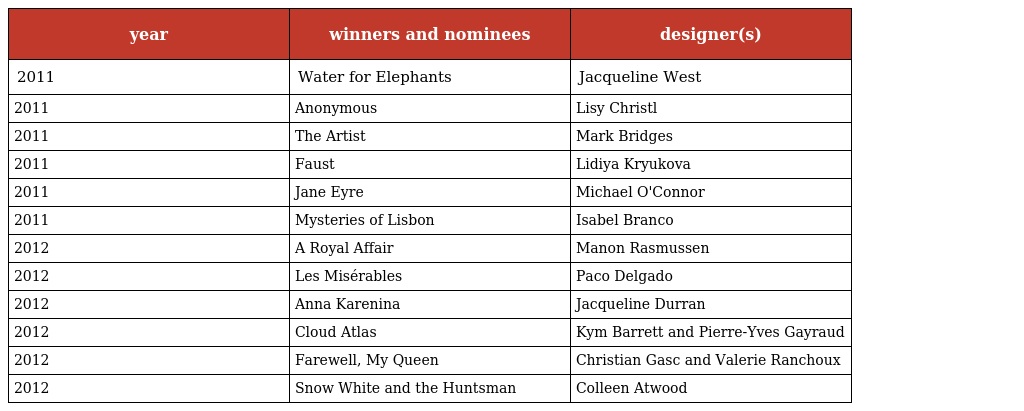
| year | winners and nominees | designer(s) |
 | --- | --- | --- |
 | 2011 | Water for Elephants | Jacqueline West |
 | 2011 | Anonymous | Lisy Christl |
 | 2011 | The Artist | Mark Bridges |
 | 2011 | Faust | Lidiya Kryukova |
 | 2011 | Jane Eyre | Michael O'Connor |
 | 2011 | Mysteries of Lisbon | Isabel Branco |
 | 2012 | A Royal Affair | Manon Rasmussen |
 | 2012 | Les Misérables | Paco Delgado |
 | 2012 | Anna Karenina | Jacqueline Durran |
 | 2012 | Cloud Atlas | Kym Barrett and Pierre-Yves Gayraud |
 | 2012 | Farewell, My Queen | Christian Gasc and Valerie Ranchoux |
 | 2012 | Snow White and the Huntsman | Colleen Atwood |